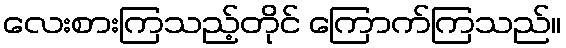
လေးစားကြသည့်တိုင် ကြောက်ကြသည်။